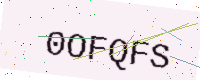
Text: 0OFQFS